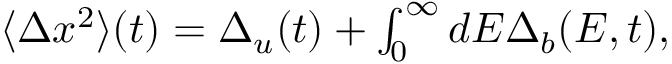
\begin{array} { r } { \langle \Delta x ^ { 2 } \rangle ( t ) = \Delta _ { u } ( t ) + \int _ { 0 } ^ { \infty } d E \Delta _ { b } ( E , t ) , } \end{array}